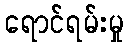
ရောင်ရမ်းမှု